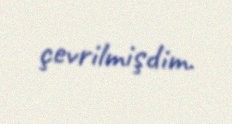
çevrilmişdim.